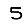
Digit: 5